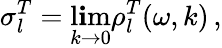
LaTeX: \sigma_{l}^{T}=\operatorname*{l\mathbf{i}m}_{k\rightarrow0}\rho_{l}^{T}(\omega,k)\, ,